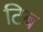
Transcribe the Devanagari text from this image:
टिब